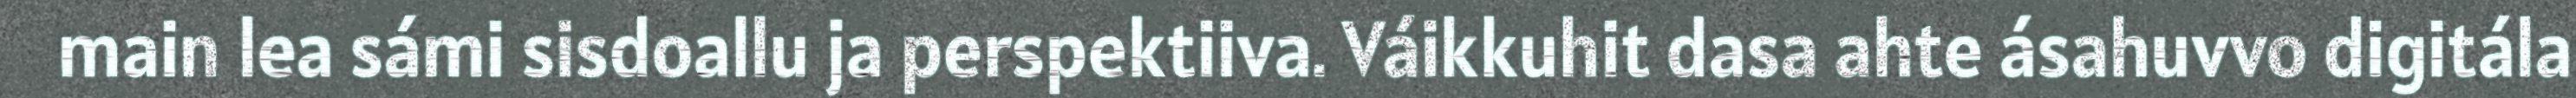
main lea sámi sisdoallu ja perspektiiva. Váikkuhit dasa ahte ásahuvvo digitála